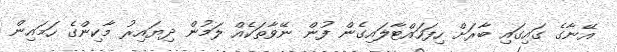
އޭނާގެ ގައިގައި ބާރަށް ހިފަހައްޓާލައިގެން ފުން ނޭވާތަކެއް ލަމުން ދިޔައިރު މާކިންގެ ހަމައިން